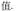
值.